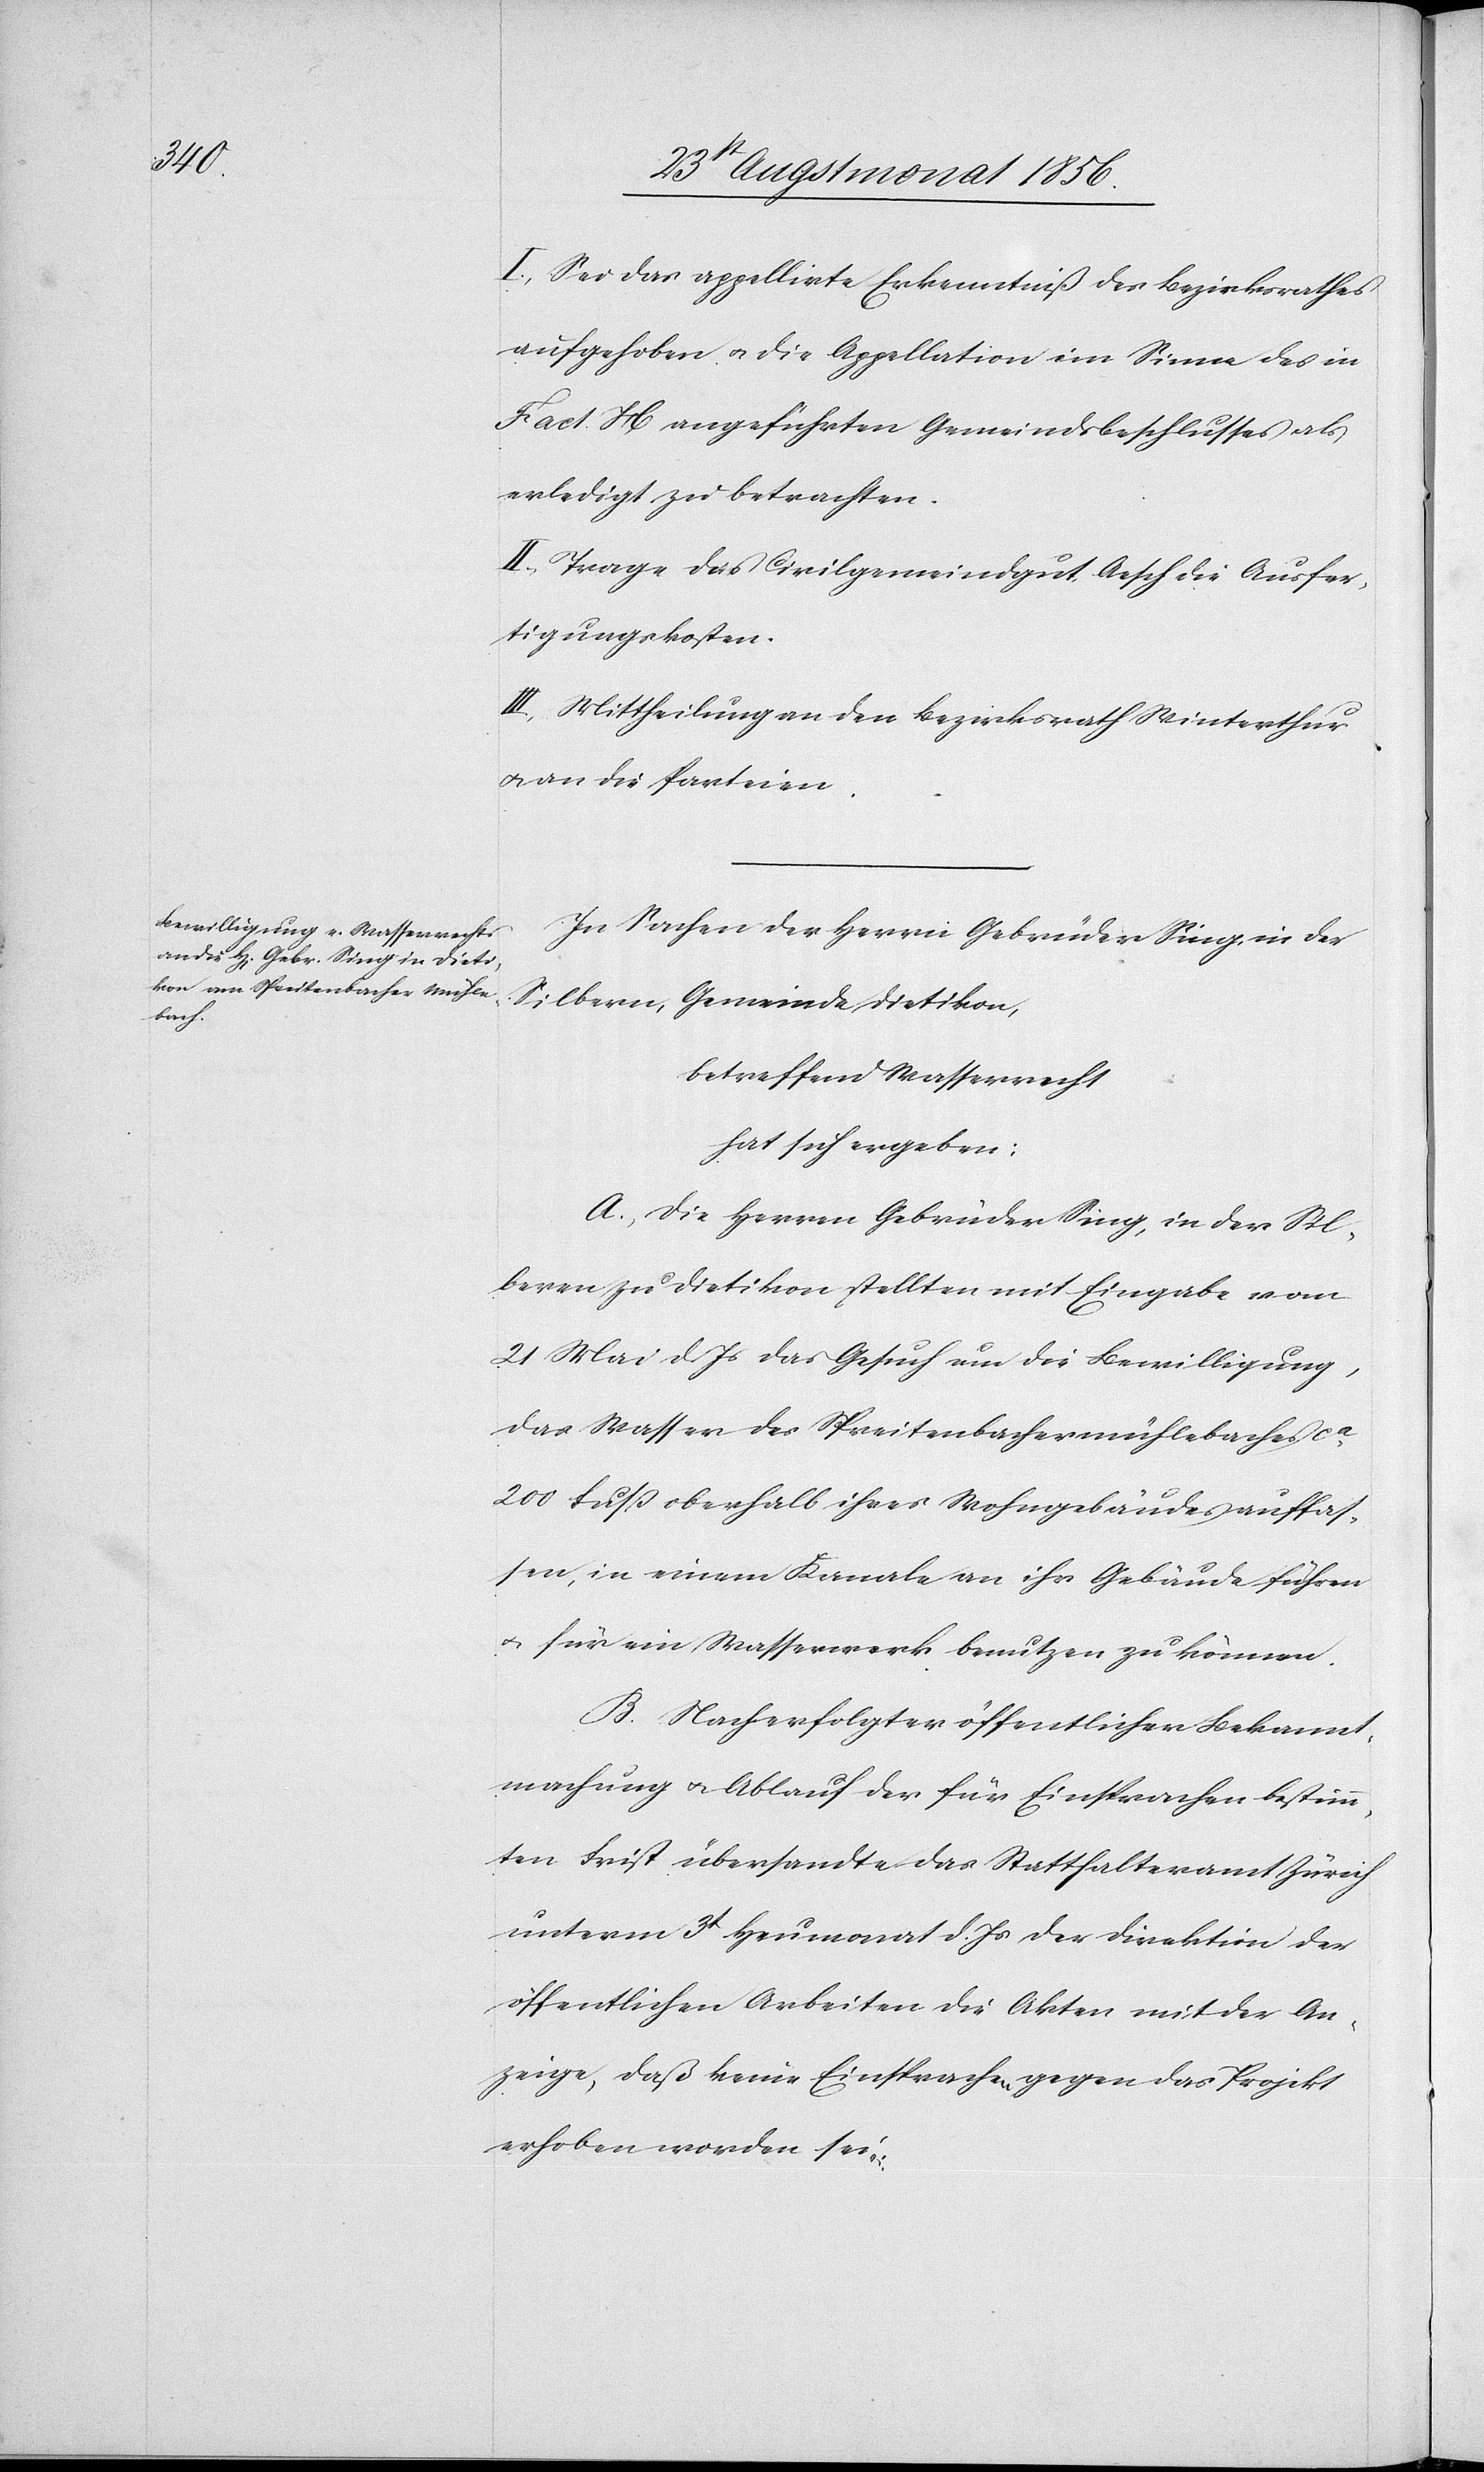
I.) Sei das appellirte Erkenntniß des Bezirksrathes
aufgehoben u. die Appellation im Sinne des in
Fact. H angeführten Gemeindsbeschlusses als
erledigt zu betrachten.
II.) Trage das Civilgemeindgut Aesch die Ausfer¬
tigungskosten.
III.) Mittheilung an den Bezirksrath Winterthur
u. an die Parteien.
In Sachen der Herrn Gebrüder Sing, in der
Silbern, Gemeinde Dietikon,
betreffend Wasserrecht
hat sich ergeben:
A.) Die Herren Gebrüder Sing, in der Sil¬
beren [sic!] zu Dietikon stellten mit Eingabe vom
21 Mai d. Js das Gesuch um die Bewilligung,
das Wasser des Spreitenbachermühlebaches
200 Fuss oberhalb ihres Wohngebäudes auffas¬
sen, in einem Kanale an ihr Gebäude führen
u. für ein Wasserwerk benutzen zu können.
B.) Nach erfolgter öffentlicher Bekannt¬
machung u. Ablauf der für Einsprachen bestimm¬
ten Frist übersandte das Statthalteramt Zürich
unterm 3t Heumonat d. Js der Direktion der
öffentlichen Arbeiten die Akten mit der An¬
zeige, daß keine Einsprachen gegen das Projekt
erhoben worden seien.